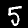
Digit: 5